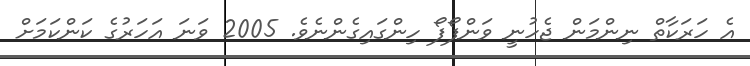
އެ ހަރަކާތް ނިންމަން ޖެހުނީ ވަންފޯފޯ ހިންގައިގެންނެވެ. 2005 ވަނަ އަހަރުގެ ކަންކަމަށް